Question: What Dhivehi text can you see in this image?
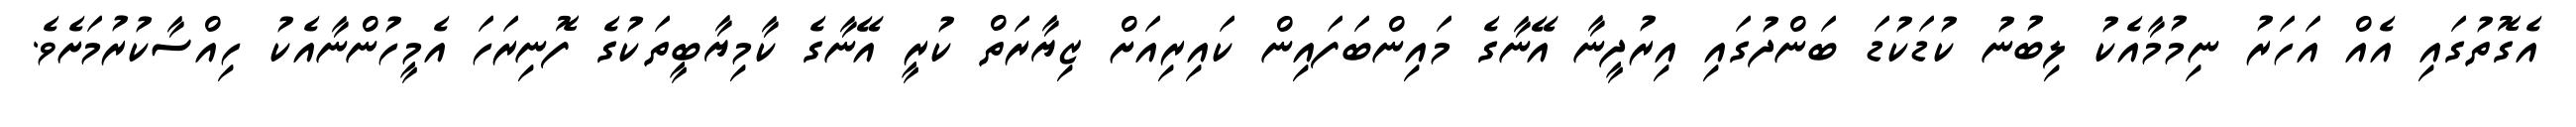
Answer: އެގޮތުގައި އެއް އަހަރު ނިމުމާއެކު ލިބުނު ކުޑަކުޑަ ބަންދުގައި އިރުދީނާ އޭނާގެ މައިންބަފައިން ކައިރިއަށް ޒިޔާރަތް ކުރީ އޭނާގެ ކާމިޔާބީތަކުގެ ފޮނިރަހަ އެމީހުންނާއެކު ހިއްސާކުރުމަށެވެ.